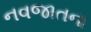
નવજાતના